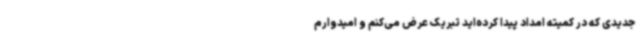
جدیدی که در کمیته امداد پیدا کرده‌اید تبریک عرض می‌کنم و امیدوارم